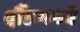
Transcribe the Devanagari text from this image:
दौंडमध्ये